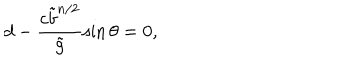
LaTeX: d - \frac { c { \tilde { b } } ^ { n / 2 } } { \tilde { g } } \sin \theta = 0 ,